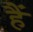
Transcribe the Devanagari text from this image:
हैें